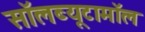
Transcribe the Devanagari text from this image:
सॉलब्यूटामॉल